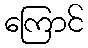
ကြောင်